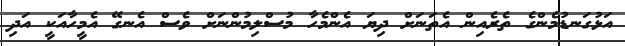
އަޅުގަނޑުމެންގެ ތެރެއިން އެތަނަށް ދިޔަ އެންމެހާ މުސްލިމުންނަށް ވެސް އެނގޭ އެމީހާއަކީ އަދި